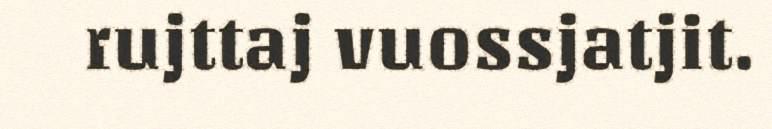
rujttaj vuossjatjit.